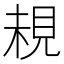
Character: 䙿